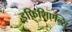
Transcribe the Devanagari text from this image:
इफ़िशिएन्सि